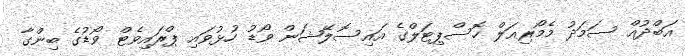
އަބްދުއް ސަމަދު މެމޯރިއަލް ހޮސްޕިޓަލްގެ އައިސޮލޭޝަން ވޯޑު ހުޅުވައި ޕްރައިވެޓް ވޯޑުގެ ބިންގާ